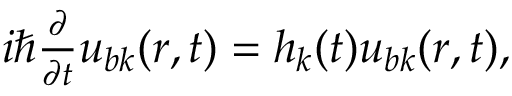
\begin{array} { r } { i \hbar \frac { \partial } { \partial t } u _ { b \boldsymbol k } ( \boldsymbol r , t ) = h _ { \boldsymbol k } ( t ) u _ { b \boldsymbol k } ( \boldsymbol r , t ) , } \end{array}